Triennial report on the lunatic asylums in the province of Eastern Bengal and Assam - 1903-1911
Year: 1903
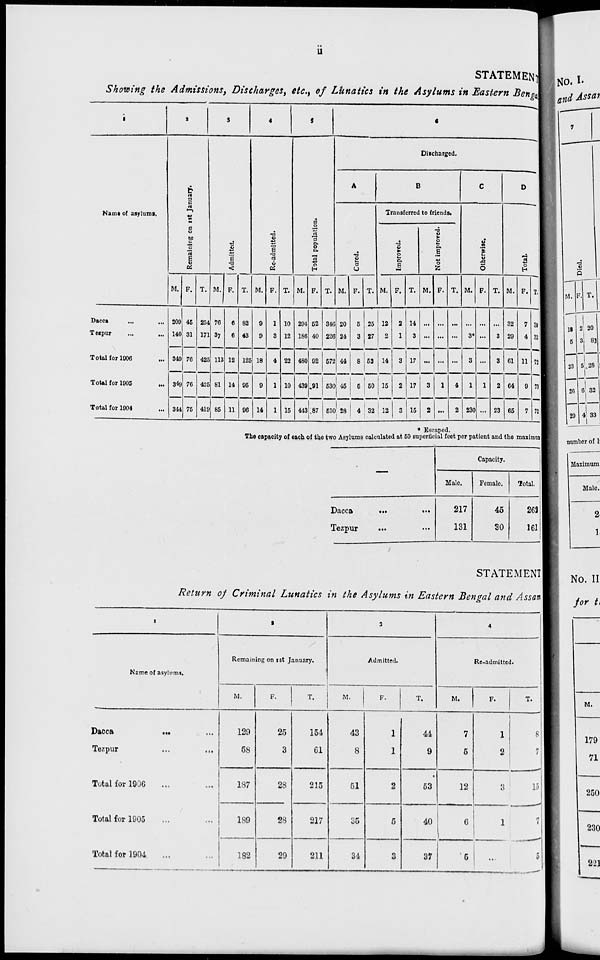
ii
STATEMENT
Showing the Admissions, Discharges, etc., of Lunatics in the Asylums in Eastern Bengal
1
Name of asylums.
Dacca ... ...
Tezpur ... ...
Total for 1906 ...
Total for 1905 ...
Total for 1904 ...
2
Remaining on 1st January.
M.
209
140
349
349
344
F.
45
31
76
76
75
T.
254
171
425
425
419
3
Admitted.
M.
76
37
113
81
85
F.
6
6
12
14
11
T.
82
43
125
95
96
4
Re-admitted.
M.
9
9
18
9
14
F.
1
3
4
1
1
T.
10
12
22
10
15
5
Total population.
M.
294
186
480
439
443
F.
52
40
92
91
87
T.
346
226
572
530
530
6
Discharged.
A
Cured.
M.
20
24
44
45
28
F.
5
3
8
5
4
T.
25
27
52
50
32
B
Transferred to friends.
Improved.
M.
12
2
14
15
12
F.
2
1
3
2
3
T.
14
3
17
17
15
Not improved.
M.
...
...
...
3
2
F.
...
...
...
1
...
T.
...
...
...
4
2
C
Otherwise.
M.
...
3*
3
1
230
F.
...
...
...
1
...
T.
...
3
3
2
230
D
Total.
M.
32
29
61
64
65
F.
7
4
11
9
7
T.
39
33
72
73
72
* Escaped.
The capacity of each of the two Asylums calculated at 50 superficial feet per patient and the maximum
—
Dacca
...
...
Tezpur ... ...
Capacity.
Male.
217
131
Female.
45
30
Total.
262
161
STATEMENT
Return of Criminal Lunatics in the Asylums in Eastern Bengal and Assam
1
Name of asylums.
Dacca
... ...
Tezpur
...
...
Total for 1906
... ...
Total for 1905 ... ...
Total for 1904 ... ...
2
Remaining on 1st January.
M.
129
58
187
189
182
F.
25
3
28
28
29
T.
154
61
215
217
211
3
Admitted.
M.
43
8
51
35
34
F.
1
1
2
5
3
T.
44
9
53
40
37
4
Re-admitted.
M.
7
5
12
6
5
F.
1
2
3
1
...
T.
8
7
13
7
5